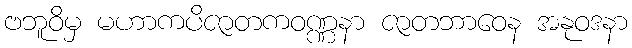
ဗဘူဝိမှ မဟာကပိဇာတကဝဏ္ဏနာ ဇာတဘာဝေန အနုဝဒနာ